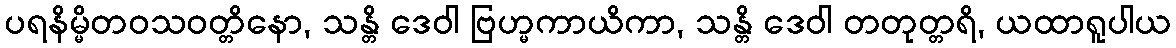
ပရနိမ္မိတဝသဝတ္တိနော, သန္တိ ဒေဝါ ဗြဟ္မကာယိကာ, သန္တိ ဒေဝါ တတုတ္တရိ, ယထာရူပါယ